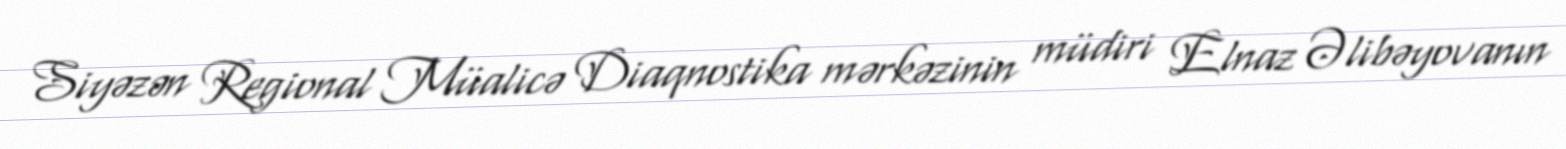
Siyəzən Regional Müalicə Diaqnostika mərkəzinin müdiri Elnaz Əlibəyovanın